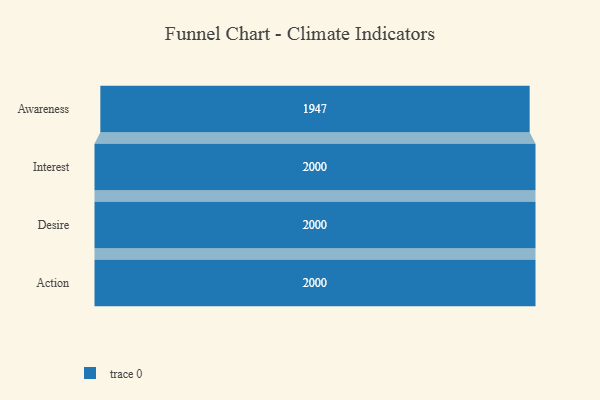
{"axis": {"x": "Stage", "y": "Value"}, "legend": [""], "data": [{"x": "Awareness", "y": 1947.0, "type": ""}, {"x": "Interest", "y": 2000, "type": ""}, {"x": "Desire", "y": 2000, "type": ""}, {"x": "Action", "y": 2000, "type": ""}]}